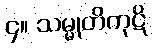
၄။ သမ္မုတိကုဋိ